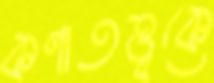
কণাতত্ত্বকে